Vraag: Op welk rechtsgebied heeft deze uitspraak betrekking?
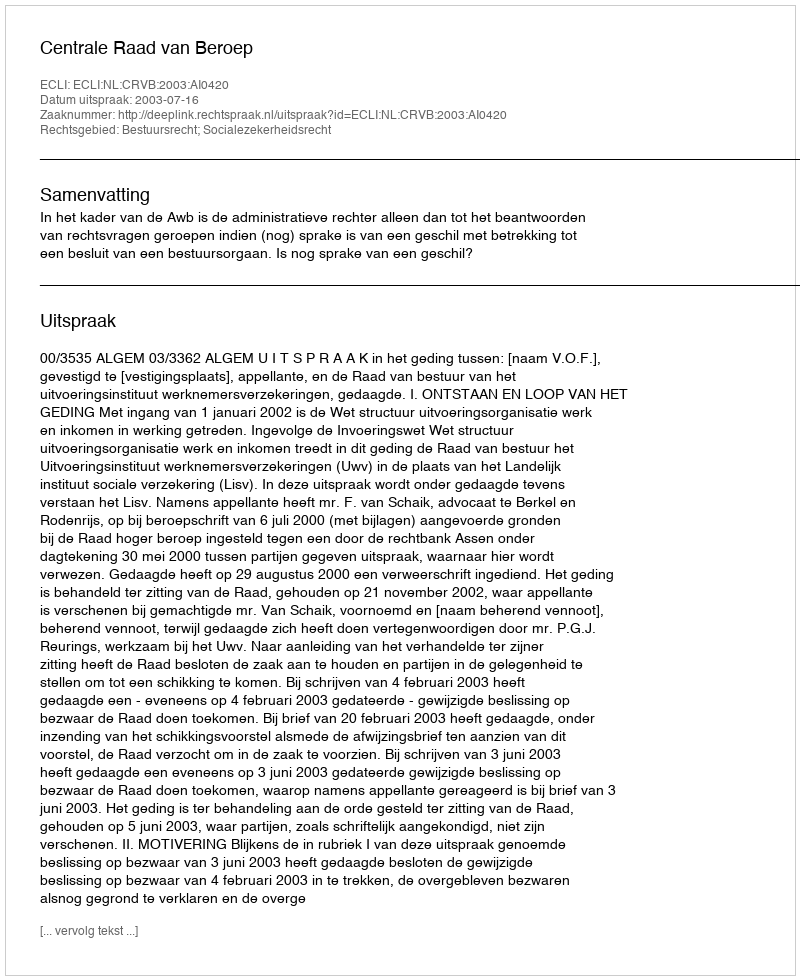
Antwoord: Bestuursrecht; Socialezekerheidsrecht